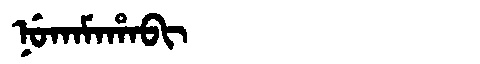
Manchu: ᠨᡠᡴᠠᠮᠠᡥᠠᠪᡳ
Romanization: NUKAMAHABI